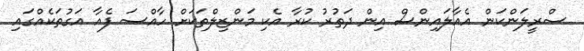
ސްރީލަންކަން އެއާލައިންސް އިން ދަތުރު ކުރާ އެކި މަންޒިލްތަކަށް ހާއްސަ ފެއާ އަގުތަކެއްގައި